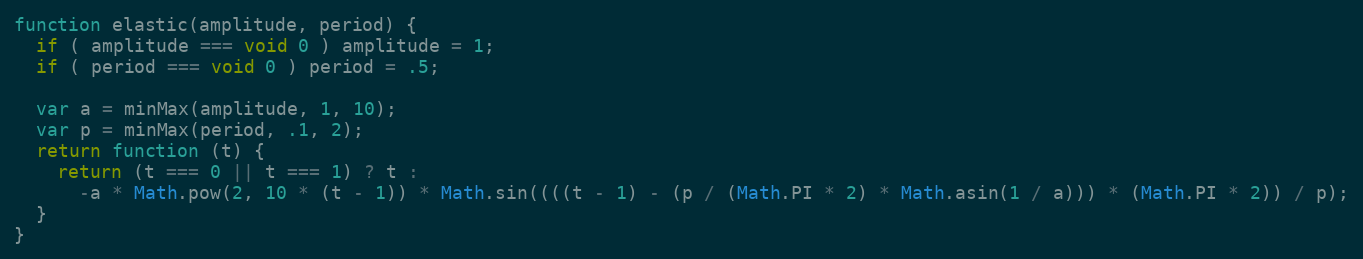
Language: JavaScript
function elastic(amplitude, period) {
  if ( amplitude === void 0 ) amplitude = 1;
  if ( period === void 0 ) period = .5;

  var a = minMax(amplitude, 1, 10);
  var p = minMax(period, .1, 2);
  return function (t) {
    return (t === 0 || t === 1) ? t :
      -a * Math.pow(2, 10 * (t - 1)) * Math.sin((((t - 1) - (p / (Math.PI * 2) * Math.asin(1 / a))) * (Math.PI * 2)) / p);
  }
}